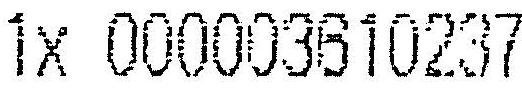
1X 000003610237